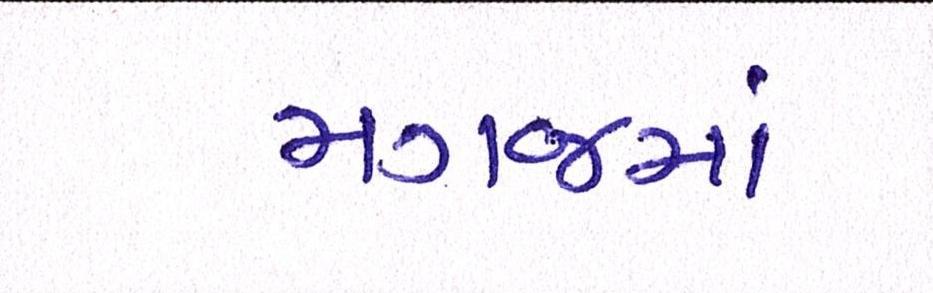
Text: મગજમાં